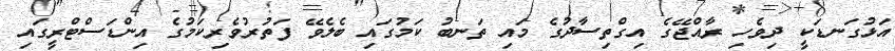
އަޅުގަނޑަކީ ދިވެހި ރާއްޖޭގެ އިގްތިސާދުގެ މައި ތަނބު ކަމުގައި ބެލެވޭ ފަތުރުވެރިކަމުގެ އިންޑަސްޓްރީގައި